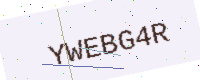
Text: YWEBG4R